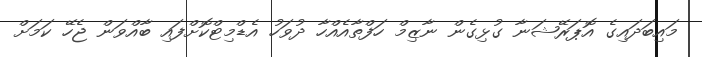
މައިބަދައިގެ އޮޕަރޭޝަނާ ގުޅިގެން ނާޒިމް ހަފްތާއެއްހާ ދުވަހު އެޑްމިޓްކޮށްފައި ބާއްވަން ޖެހޭ ކަމަށް